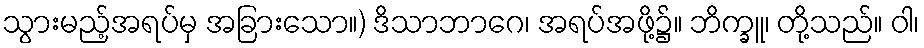
သွားမည့်အရပ်မှ အခြားသော။) ဒိသာဘာဂေ၊ အရပ်အဖို့၌။ ဘိက္ခူ၊ တို့သည်။ ဝါ၊